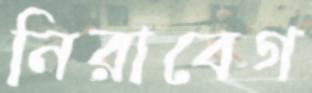
নিরাবেগ